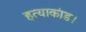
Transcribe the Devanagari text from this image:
हत्याकांड।